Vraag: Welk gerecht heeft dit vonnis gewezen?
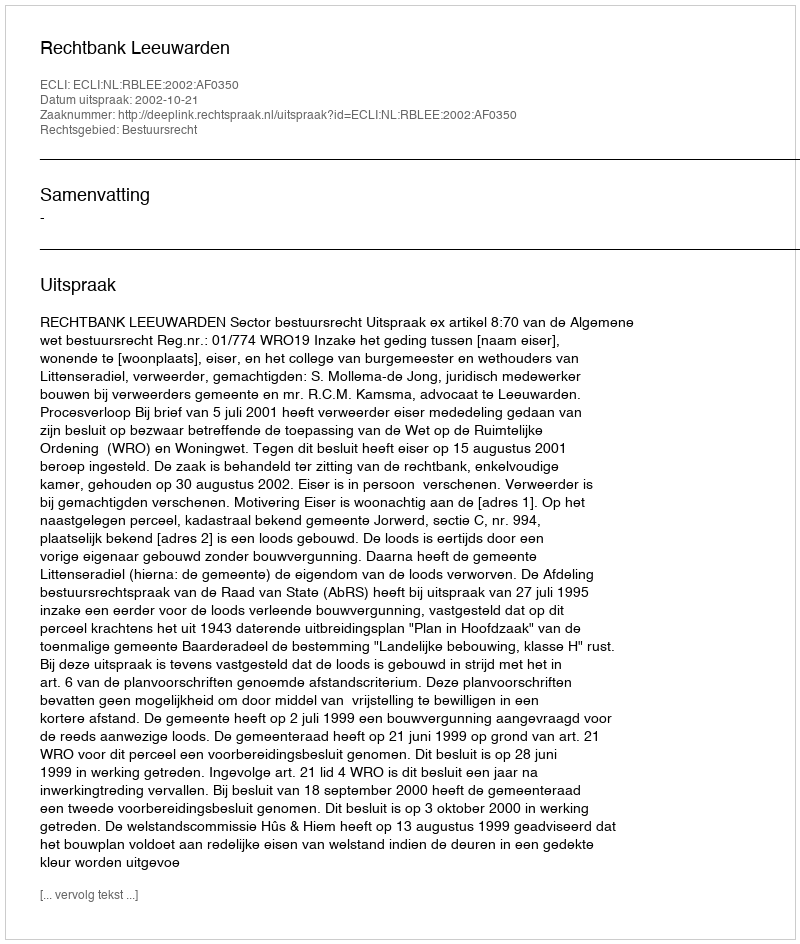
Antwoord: Rechtbank Leeuwarden